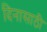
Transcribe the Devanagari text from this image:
दिनासाठी